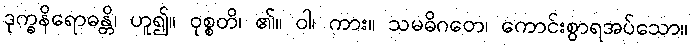
ဒုက္ခနိရောဓန္တိ၊ ဟူ၍။ ဝုစ္စတိ၊ ၏။ ဝါ၊ ကား။ သမဓိဂတေ၊ ကောင်းစွာရအပ်သော။